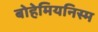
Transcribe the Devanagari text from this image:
बोहेमियनिस्म